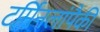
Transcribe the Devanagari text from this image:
टर्मिनलांपैकी